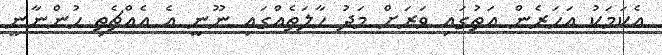
އެކަމަކު އަހަރެން އަތުގައި ވަރަށް މަދު ހާލަތެއްގައި ނޫނީ އެ އެއްޗެތި ހުންނާނީ